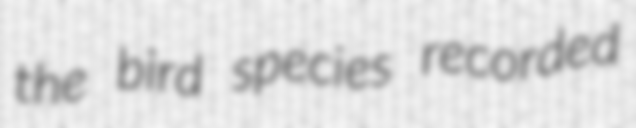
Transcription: the bird species recorded